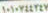
١٠١٠٧٤٤٣٤٧